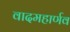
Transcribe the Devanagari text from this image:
वादमहार्णव